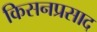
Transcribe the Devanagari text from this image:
किसनप्रसाद